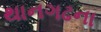
થાનગઢના